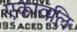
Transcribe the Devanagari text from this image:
एकावलि